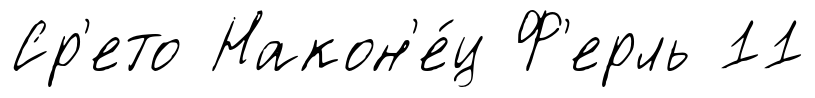
Ср'ето Након'е́ц Ф'ерль 11